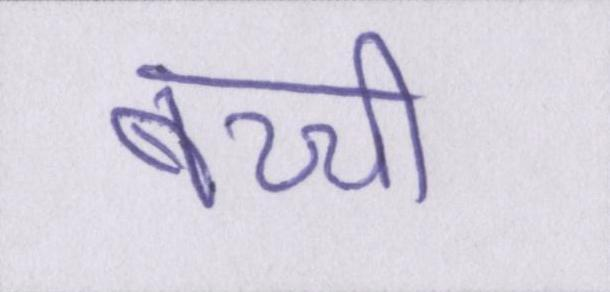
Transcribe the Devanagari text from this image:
बच्ची